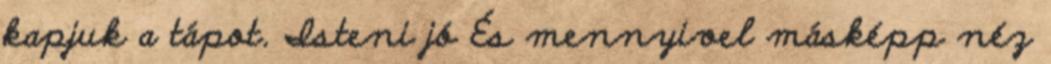
kapjuk a tápot. Isteni jó És mennyivel másképp néz